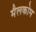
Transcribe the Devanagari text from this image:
मैलकोम